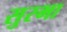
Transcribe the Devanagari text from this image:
सुरभा